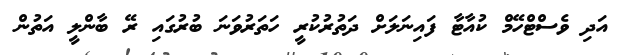
އަދި ވެސްޓްހޭމް ކުއާޓާ ފައިނަލަށް ދަތުރުކުރީ ހަތަރުވަނަ ބުރުގައި ރޭ ބާންލީ އަތުން